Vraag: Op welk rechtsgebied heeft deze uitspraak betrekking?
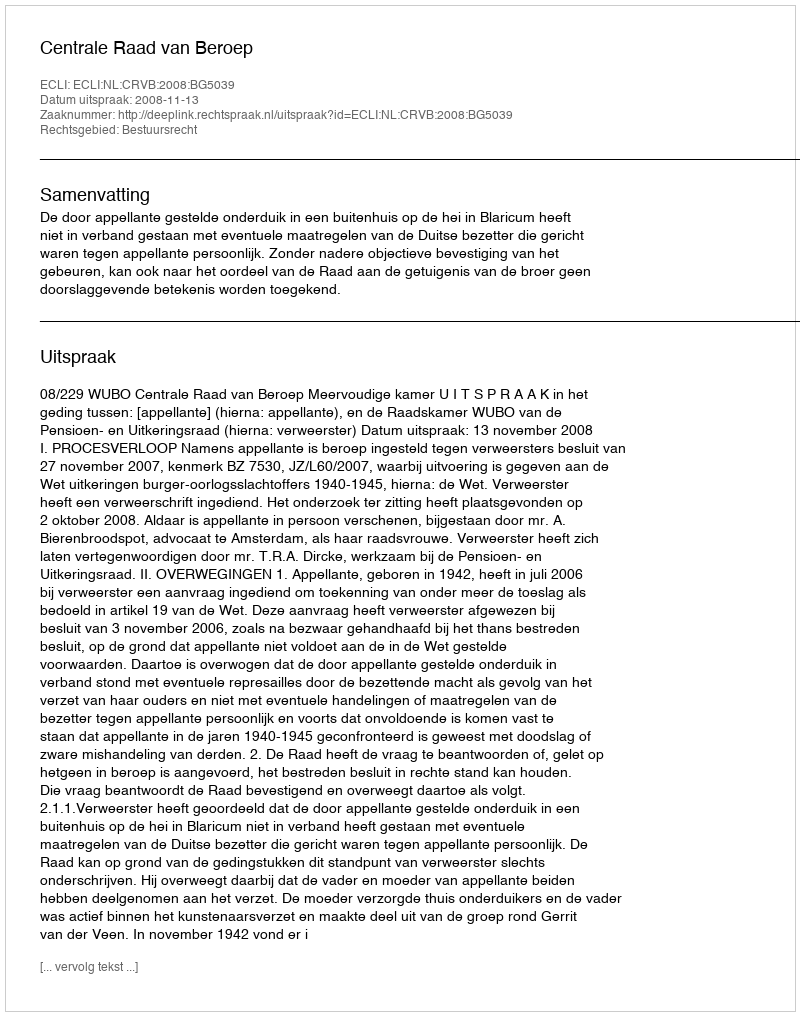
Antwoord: Bestuursrecht